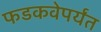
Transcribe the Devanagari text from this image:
फडकवेपर्यंत